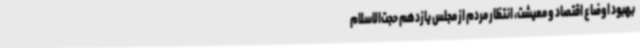
بهبود اوضاع اقتصاد و معیشت، انتظار مردم از مجلس یازدهم حجت‌الاسلام